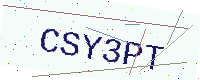
Text: CSY3PT